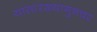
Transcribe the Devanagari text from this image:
यांसारख्यागुप्तचर